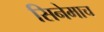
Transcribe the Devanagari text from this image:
सिनेमाच